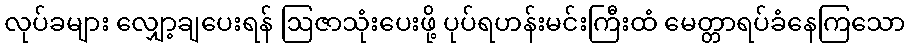
လုပ်ခများ လျှော့ချပေးရန် ဩဇာသုံးပေးဖို့ ပုပ်ရဟန်းမင်းကြီးထံ မေတ္တာရပ်ခံနေကြသော